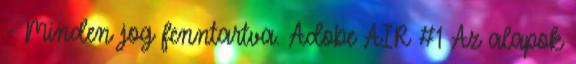
- Minden jog fenntartva. Adobe AIR #1 Az alapok